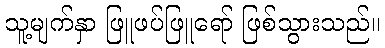
သူ့မျက်နှာ ဖြူဖပ်ဖြူရော် ဖြစ်သွားသည်။